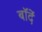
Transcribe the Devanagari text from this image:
बॉदें